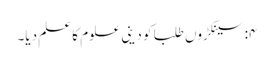
۴:سینکڑوں طلبا کو دینی علوم کا علم دیا۔